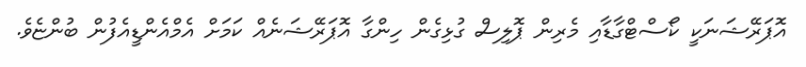
އޮޕަރޭޝަނަކީ ކޯސްޓްގާޑާއި މެރިން ޕޮލިސް ގުޅިގެން ހިންގާ އޮޕަރޭޝަނެއް ކަމަށް އެމްއެންޑީއެފުން ބުންޏެވެ.